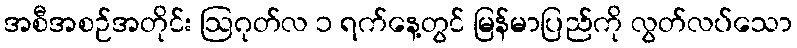
အစီအစဉ်အတိုင်း ဩဂုတ်လ ၁ ရက်နေ့တွင် မြန်မာပြည်ကို လွတ်လပ်သော